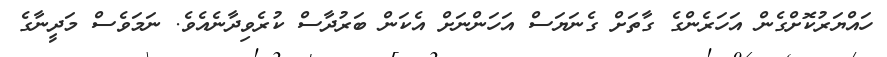
ހައްޔަރުކޮށްގެން އަހަރެންގެ ގާތަށް ގެނަޔަސް އަހަންނަށް އެކަން ބަރުދާސް ކުރެވިދާނެއެވެ. ނަމަވެސް މަދީނާގެ